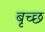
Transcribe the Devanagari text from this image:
बृच्‍छ